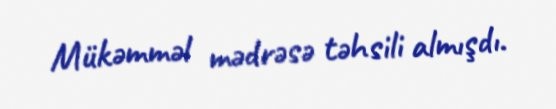
Mükəmməl mədrəsə təhsili almışdı.